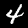
Digit: 4